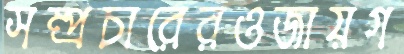
সম্প্রচারেরওজায়গ